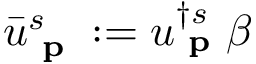
{ \bar { u } } _ { \textbf { p } } ^ { s } : = u _ { \textbf { p } } ^ { \dagger s } \beta